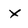
Character: x